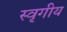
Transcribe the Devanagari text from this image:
स्वृगीय